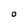
Character: O